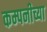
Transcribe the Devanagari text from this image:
कम्पनीच्या